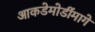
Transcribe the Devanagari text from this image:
आकडेमोडींमागे